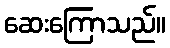
ဆေးကြောသည်။